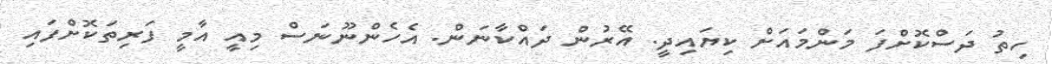
ހިތު ދަސްކޮށްފަ މަންމައަށް ކިޔައިދީ. އޭރުން ދައްކާނަން. އެހެންނޫނަސް މިއީ އާމީ ފަރިތަކޮށްފައި